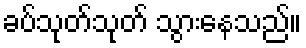
ခပ်သုတ်သုတ် သွားနေသည်။